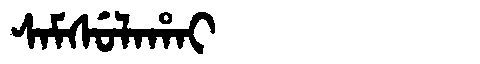
Manchu: ᠰᠠᠮᠰᡠᠯᠠᡥᠠᡳ
Romanization: SAMSULAHAI